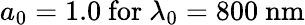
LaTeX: a_{0}=1.0\ \textrm{for}\ \lambda_{0}=800\ \textrm{nm}